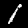
Digit: 1